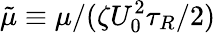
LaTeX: \tilde{\mu}\equiv\mu/(\zeta U_{0}^{2}\tau_{R}/2)